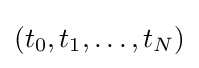
(t_{0},t_{1},\ldots ,t_{N})